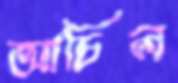
আচিল